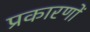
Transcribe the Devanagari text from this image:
प्रकारणों